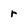
Character: r